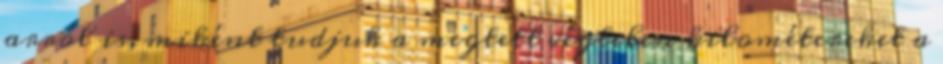
arról is, miként tudjuk a megtett végtelen kilométereket a